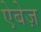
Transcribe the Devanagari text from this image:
ऐबेज़